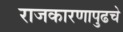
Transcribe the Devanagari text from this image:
राजकारणापुढचे